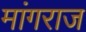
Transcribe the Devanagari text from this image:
मांगराज